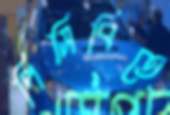
পিসিবিতে